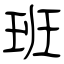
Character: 班